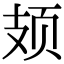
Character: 𫠆